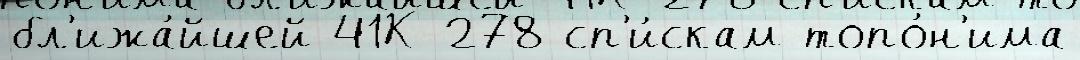
бл'ижа́йшей 41К-278 сп'и́скам топо́н'има